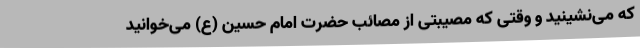
که می‌نشینید و وقتی که مصیبتی از مصائب حضرت امام حسین (ع) می‌خوانید